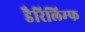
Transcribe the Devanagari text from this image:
डैरिलिम्फ